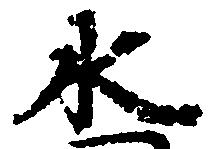
水